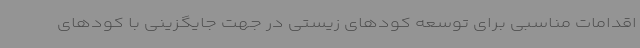
اقدامات مناسبی برای توسعه کودهای زیستی در جهت جایگزینی با کودهای